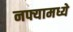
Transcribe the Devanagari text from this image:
नफ्यामध्ये